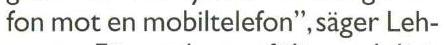
fon mot en mobiltelefon", säger Leh-